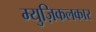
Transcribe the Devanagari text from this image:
म्युज़िकलकार